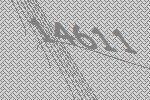
14611